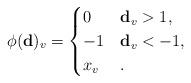
LaTeX: \begin{align*}\phi({\bf d})_v =\begin{cases}0 & {\bf d}_v>1,\\-1 & {\bf d}_v<-1,\\x_v & .\end{cases}\end{align*}